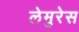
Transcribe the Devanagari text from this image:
लेमुरेस